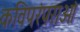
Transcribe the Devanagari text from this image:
कविपरंपराओं